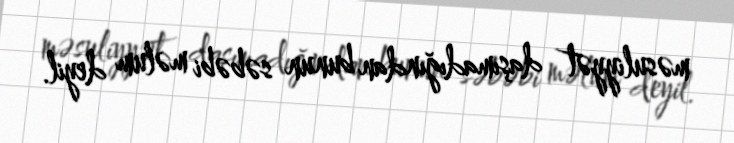
məsuliyyət daşımadığından bunun səbəbi məlum deyil.